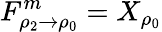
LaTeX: F_{\rho_{2}\to\rho_{0}}^{m}=X_{\rho_{0}}